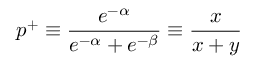
p ^ { + } \equiv \frac { e ^ { - \alpha } } { e ^ { - \alpha } + e ^ { - \beta } } \equiv \frac { x } { x + y }